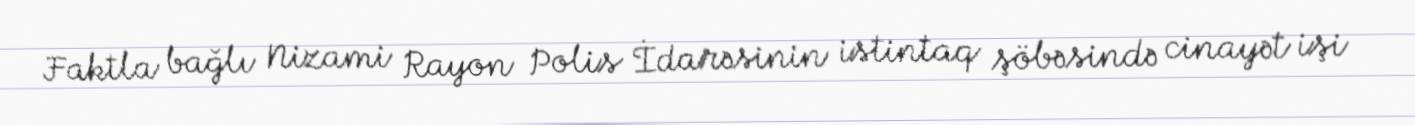
Faktla bağlı Nizami Rayon Polis İdarəsinin istintaq şöbəsində cinayət işi